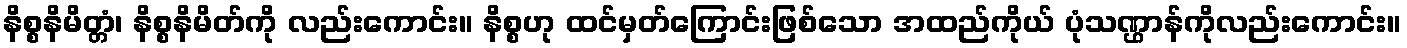
နိစ္စနိမိတ္တံ၊ နိစ္စနိမိတ်ကို လည်းကောင်း။ နိစ္စဟု ထင်မှတ်ကြောင်းဖြစ်သော အထည်ကိုယ် ပုံသဏ္ဌာန်ကိုလည်းကောင်း။